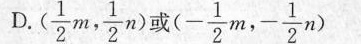
D.(\frac{1}{2}m, \frac{1}{2}n)或 (- \frac{1}{2}m,- \frac{1}{2}n)